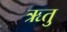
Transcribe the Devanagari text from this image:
ऋतुु